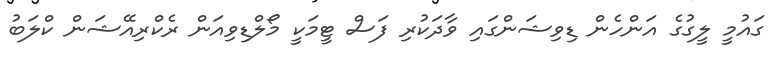
ގައުމީ ލީގުގެ އަންހެން ޑިވިޝަންގައި ވާދަކުރި ފަސް ޓީމަކީ މޯލްޑިވިއަން ރެކްރިއޭޝަން ކްލަބު